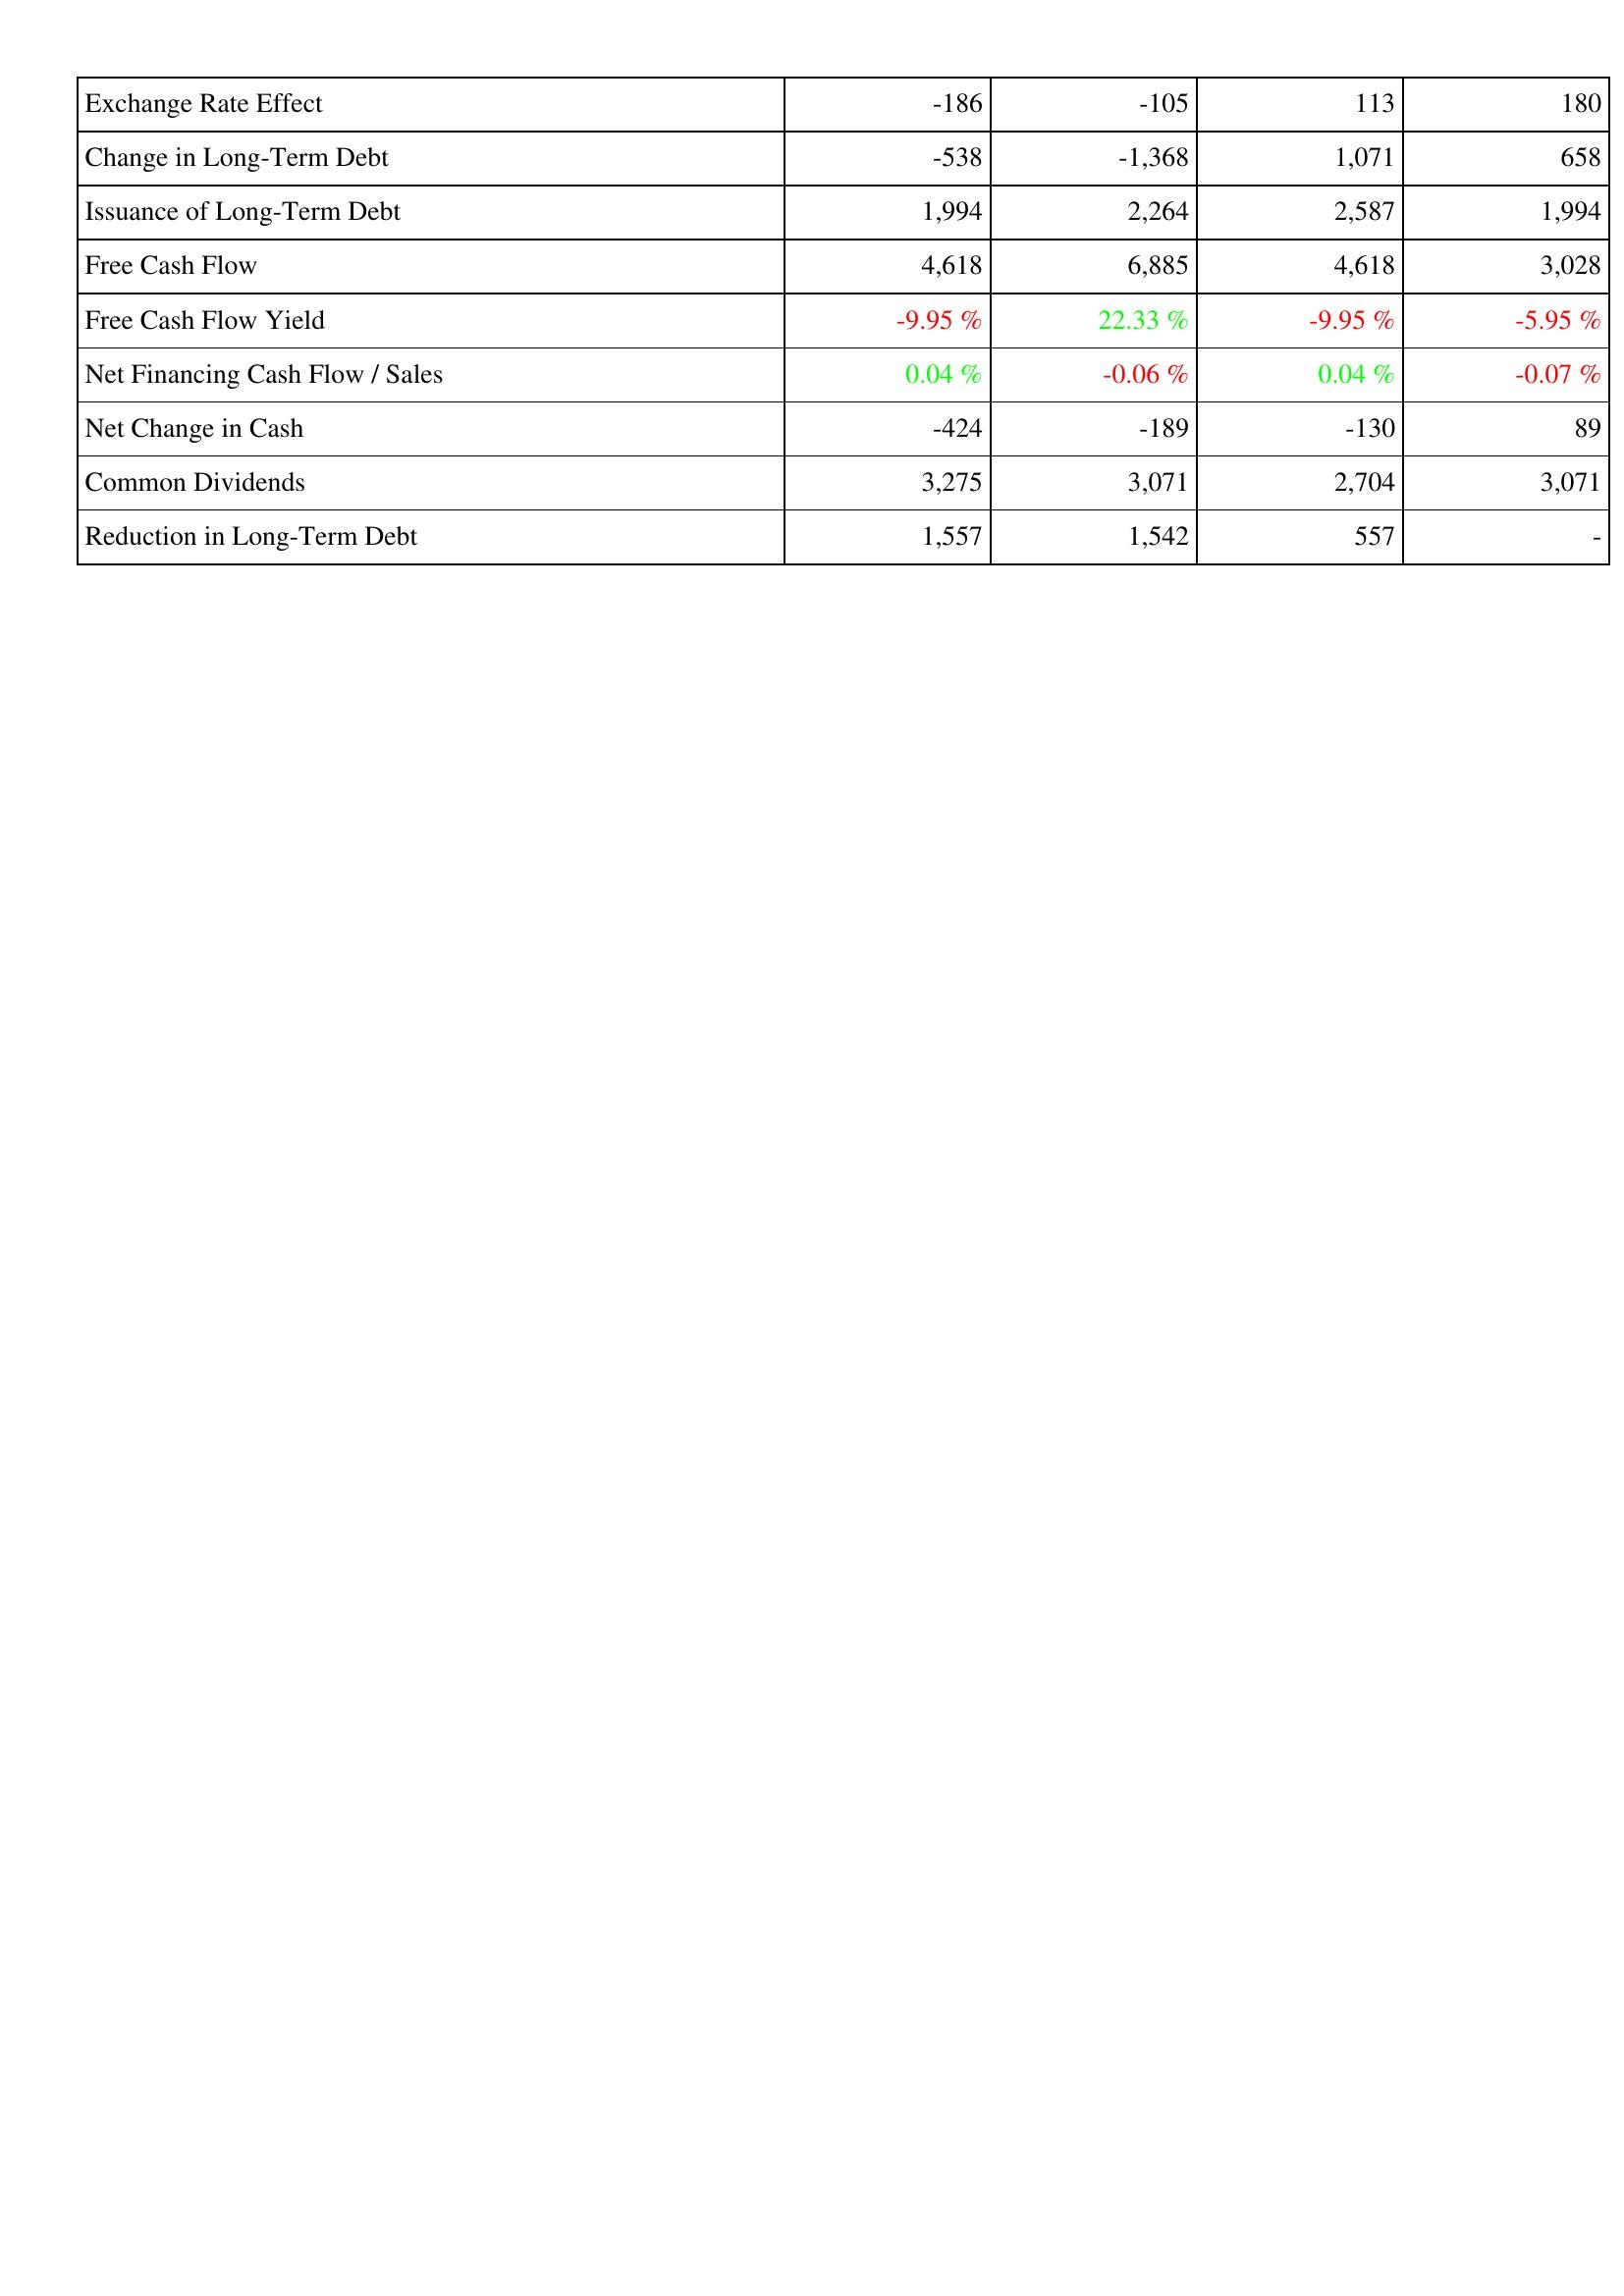
2020: Financing Activities: Exchange Rate Effect: -186
Change in Long-Term Debt: -538
Issuance of Long-Term Debt: 1,994
Free Cash Flow: 4,618
Free Cash Flow Yield: -9.95 %
Net Financing Cash Flow / Sales: 0.04 %
Net Change in Cash: -424
Common Dividends: 3,275
Reduction in Long-Term Debt: 1,557
2019: Financing Activities: Exchange Rate Effect: -105
Change in Long-Term Debt: -1,368
Issuance of Long-Term Debt: 2,264
Free Cash Flow: 6,885
Free Cash Flow Yield: 22.33 %
Net Financing Cash Flow / Sales: -0.06 %
Net Change in Cash: -189
Common Dividends: 3,071
Reduction in Long-Term Debt: 1,542
2018: Financing Activities: Exchange Rate Effect: 113
Change in Long-Term Debt: 1,071
Issuance of Long-Term Debt: 2,587
Free Cash Flow: 4,618
Free Cash Flow Yield: -9.95 %
Net Financing Cash Flow / Sales: 0.04 %
Net Change in Cash: -130
Common Dividends: 2,704
Reduction in Long-Term Debt: 557
2017: Financing Activities: Exchange Rate Effect: 180
Change in Long-Term Debt: 658
Issuance of Long-Term Debt: 1,994
Free Cash Flow: 3,028
Free Cash Flow Yield: -5.95 %
Net Financing Cash Flow / Sales: -0.07 %
Net Change in Cash: 89
Common Dividends: 3,071
Reduction in Long-Term Debt: -